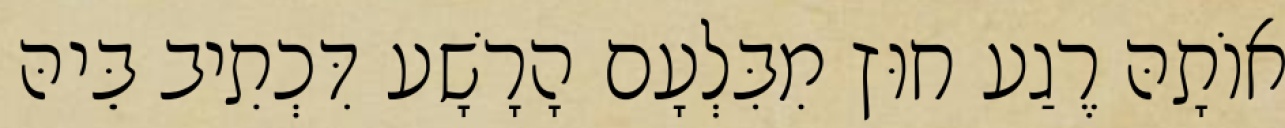
אוֹתָהּ רֶגַע חוּץ מִבִּלְעָם הָרָשָׁע דִּכְתִיב בֵּיהּ